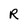
Character: R